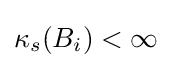
\kappa _{s}(B_{i})<\infty